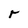
Character: r